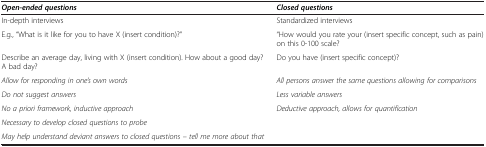
| Open-ended questions | Closed questions |
 | --- | --- |
 | In-depth interviews | Standardized interviews |
 | E.g., “What is it like for you to have X (insert condition)?” | “How would you rate your (insert specific concept, such as pain) on this 0-100 scale? |
 | Describe an average day, living with X (insert condition). How about a good day? A bad day? | Do you have (insert specific concept)? |
 | Allow for responding in one’s own words | All persons answer the same questions allowing for comparisons |
 | Do not suggest answers | Less variable answers |
 | No a priori framework, inductive approach | Deductive approach, allows for quantification |
 | Necessary to develop closed questions to probe |  |
 | May help understand deviant answers to closed questions – tell me more about that |  |